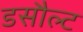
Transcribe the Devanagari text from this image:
डसौल्ट